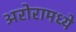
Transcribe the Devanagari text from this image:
अरोरामध्ये